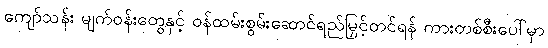
ကျော်သန်း မျက်ဝန်းတွေနှင့် ဝန်ထမ်းစွမ်းဆောင်ရည်မြှင့်တင်ရန် ကားတစ်စီးပေါ်မှာ